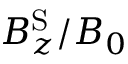
{ B } _ { z } ^ { \mathrm { S } } / B _ { 0 }